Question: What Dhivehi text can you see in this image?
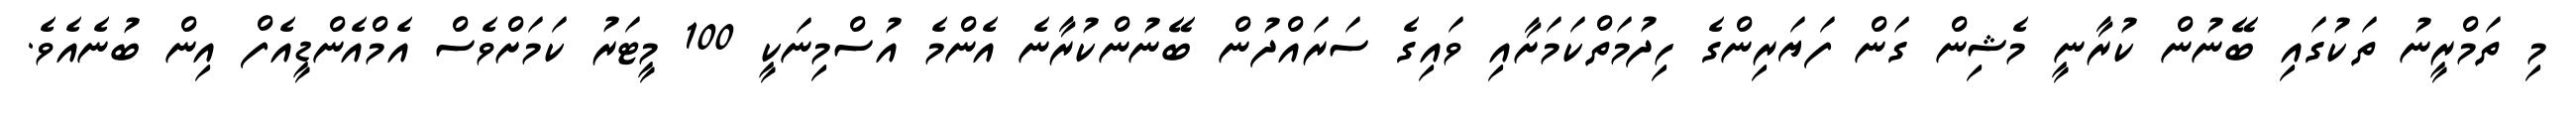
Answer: މި ތަމްރީނު ތަކުގައި ބޭނުން ކުރާނީ މެޝިން ގަން ފަޔަރިންގެ ހިދުމަތްކަމަށާއި ވައިގެ ސަރައްދުން ބޭނުންކުރާނެ އެންމެ އުސްމިނަކީ 100 މީޓަރު ކަމަށްވެސް އެމްއެންޑީއެފް އިން ބުނެއެވެ.